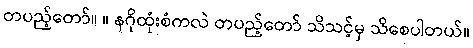
တပည့်တော်။ ။ နဂိုထုံးစံကလဲ တပည့်တော် သိသင့်မှ သိစေပါတယ်။